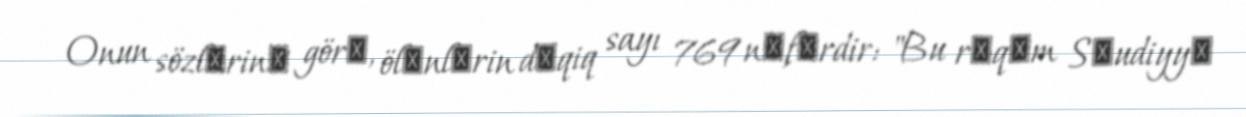
Onun sözlәrinә görә, ölәnlәrin dәqiq sayı 769 nәfәrdir: "Bu rәqәm Sәudiyyә